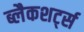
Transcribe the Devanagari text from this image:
ब्लैकशर्ट्स